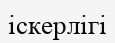
іскерлігі